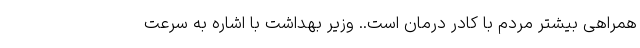
همراهی بیشتر مردم با کادر درمان است.. وزیر بهداشت با اشاره به سرعت